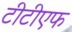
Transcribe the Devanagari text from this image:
टीटीएफ